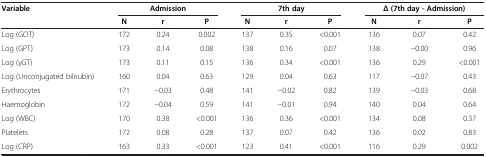
| Variable | <COLSPAN=3> Admission | <COLSPAN=3> 7th day | <COLSPAN=3> Δ (7th day - Admission) |
 |  | N | r | P | N | r | P | N | r | P |
 | --- | --- | --- | --- | --- | --- | --- | --- | --- | --- |
 | Log (GOT) | 172 | 0.24 | 0.002 | 137 | 0.35 | <0.001 | 136 | 0.07 | 0.42 |
 | Log (GPT) | 173 | 0.14 | 0.08 | 138 | 0.16 | 0.07 | 138 | -0.00 | 0.96 |
 | Log (γGT) | 173 | 0.11 | 0.15 | 136 | 0.34 | <0.001 | 136 | 0.29 | <0.001 |
 | Log (Unconjugated bilirubin) | 160 | 0.04 | 0.63 | 129 | 0.04 | 0.63 | 117 | -0.07 | 0.43 |
 | Erythrocytes | 171 | -0.03 | 0.48 | 141 | -0.02 | 0.82 | 139 | -0.03 | 0.68 |
 | Haemoglobin | 172 | -0.04 | 0.59 | 141 | -0.01 | 0.94 | 140 | 0.04 | 0.64 |
 | Log (WBC) | 170 | 0.38 | <0.001 | 136 | 0.36 | <0.001 | 134 | 0.08 | 0.37 |
 | Platelets | 172 | 0.08 | 0.28 | 137 | 0.07 | 0.42 | 136 | 0.02 | 0.83 |
 | Log (CRP) | 163 | 0.33 | <0.001 | 123 | 0.41 | <0.001 | 116 | 0.29 | 0.002 |